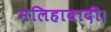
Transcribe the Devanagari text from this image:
मलिहाबादी।